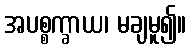
အပစ္စက္ခာယ၊ မချမူ၍။